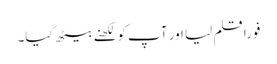
فوراً قلم لیا اور آپ کو لکھنے بیٹھ گیا۔